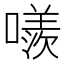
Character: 𠿢